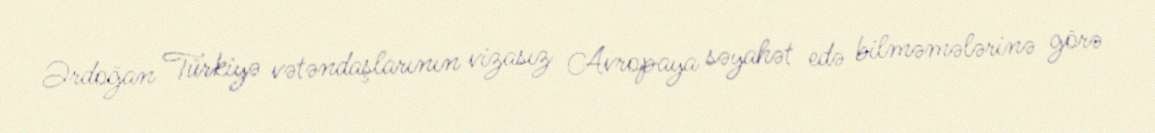
Ərdoğan Türkiyə vətəndaşlarının vizasız Avropaya səyahət edə bilməmələrinə görə